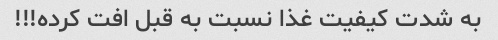
به شدت کیفیت غذا نسبت به قبل افت کرده!!!